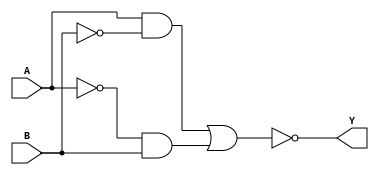
module xor_gate(
    input A,
    input B,
    output Y
);

wire x1, x2, x3;

and gate1 (x1, A, ~B);
and gate2 (x2, ~A, B);
or gate3 (x3, x1, x2);
not inv (Y, x3);

endmodule